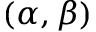
( \alpha , \beta )